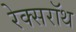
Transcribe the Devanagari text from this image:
रेक्सरॉथ